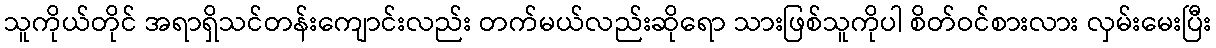
သူကိုယ်တိုင် အရာရှိသင်တန်းကျောင်းလည်း တက်မယ်လည်းဆိုရော သားဖြစ်သူကိုပါ စိတ်ဝင်စားလား လှမ်းမေးပြီး